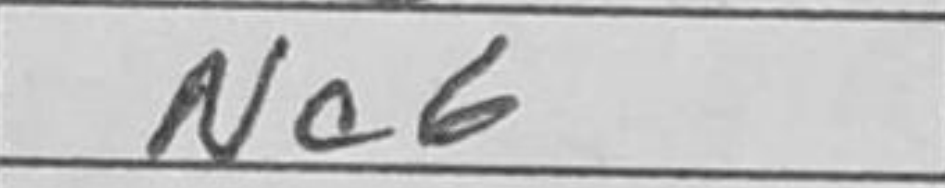
Transcription: Nc6